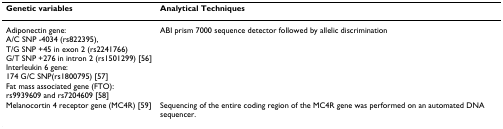
| Genetic variables | Analytical Techniques |
 | --- | --- |
 | Adiponectin gene:A/C SNP -4034 (rs822395),T/G SNP +45 in exon 2 (rs2241766)G/T SNP +276 in intron 2 (rs1501299) [56]Interleukin 6 gene:174 G/C SNP(rs1800795) [57]Fat mass associated gene (FTO):rs9939609 and rs7204609 [58] | ABI prism 7000 sequence detector followed by allelic discrimination |
 | Melanocortin 4 receptor gene (MC4R) [59] | Sequencing of the entire coding region of the MC4R gene was performed on an automated DNA sequencer. |